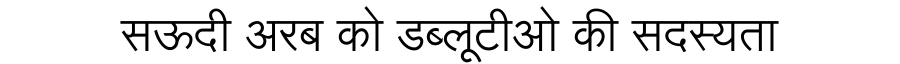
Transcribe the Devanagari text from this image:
सऊदी अरब को डब्लूटीओ की सदस्यता